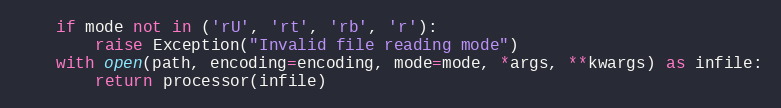
Language: Python
    if mode not in ('rU', 'rt', 'rb', 'r'):
        raise Exception("Invalid file reading mode")
    with open(path, encoding=encoding, mode=mode, *args, **kwargs) as infile:
        return processor(infile)